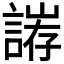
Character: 𮘥